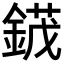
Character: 𬫯